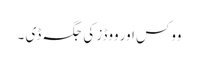
ووکس اور ووڈز کی جگہ ڈی ۔